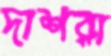
দাশরা